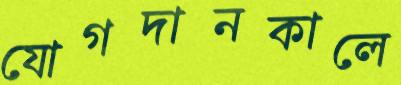
যোগদানকালে